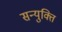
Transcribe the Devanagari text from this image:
सन्युक्ति